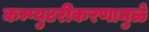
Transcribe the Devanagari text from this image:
कम्प्युटरीकरणामुळे